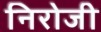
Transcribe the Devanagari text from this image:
निरोजी